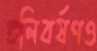
গুলিবর্ষণও